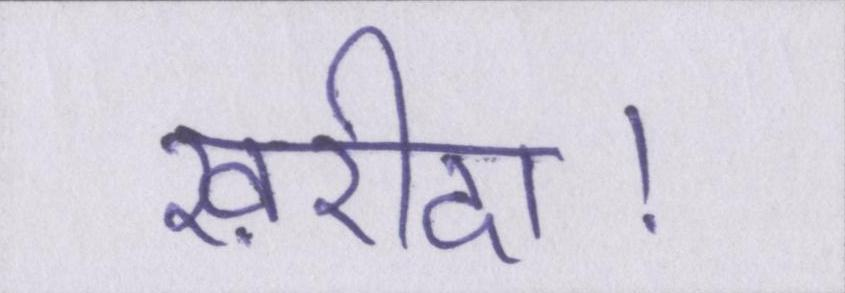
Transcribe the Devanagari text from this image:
ख़रीदा।